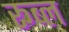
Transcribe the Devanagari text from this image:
रूब्ल